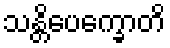
သန္တိပေက္ခောတိ